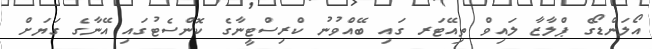
އޯލަންޑޯގެ ޕްލާޒާ ލައިވް ތިއޭޓަރ ގައި ބޭއްވުނު ކްރިސްޓީނާގެ ކޮންސެޓުގައި އޭނާގެ ގަޔަށް